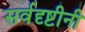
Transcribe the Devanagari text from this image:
सर्वदृष्टीनी